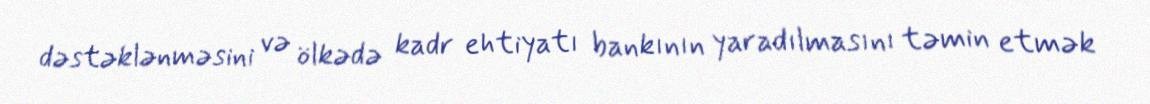
dəstəklənməsini və ölkədə kadr ehtiyatı bankının yaradılmasını təmin etmək